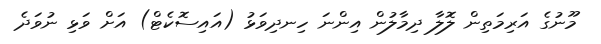
މޫނުގެ އަރިމަތިން ލޮލާ ދިމާލުން އިންނަ ހިނދިވަޅު (އައިސޮކެޓް) އަށް ވަޅި ނުވަދެ